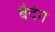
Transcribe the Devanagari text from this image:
बैदंग